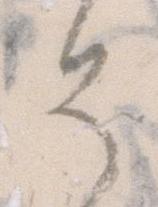
そ